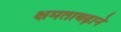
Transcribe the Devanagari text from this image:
क्षमताबढ़ाने